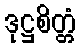
ဒုဋ္ဌစိတ္တံ